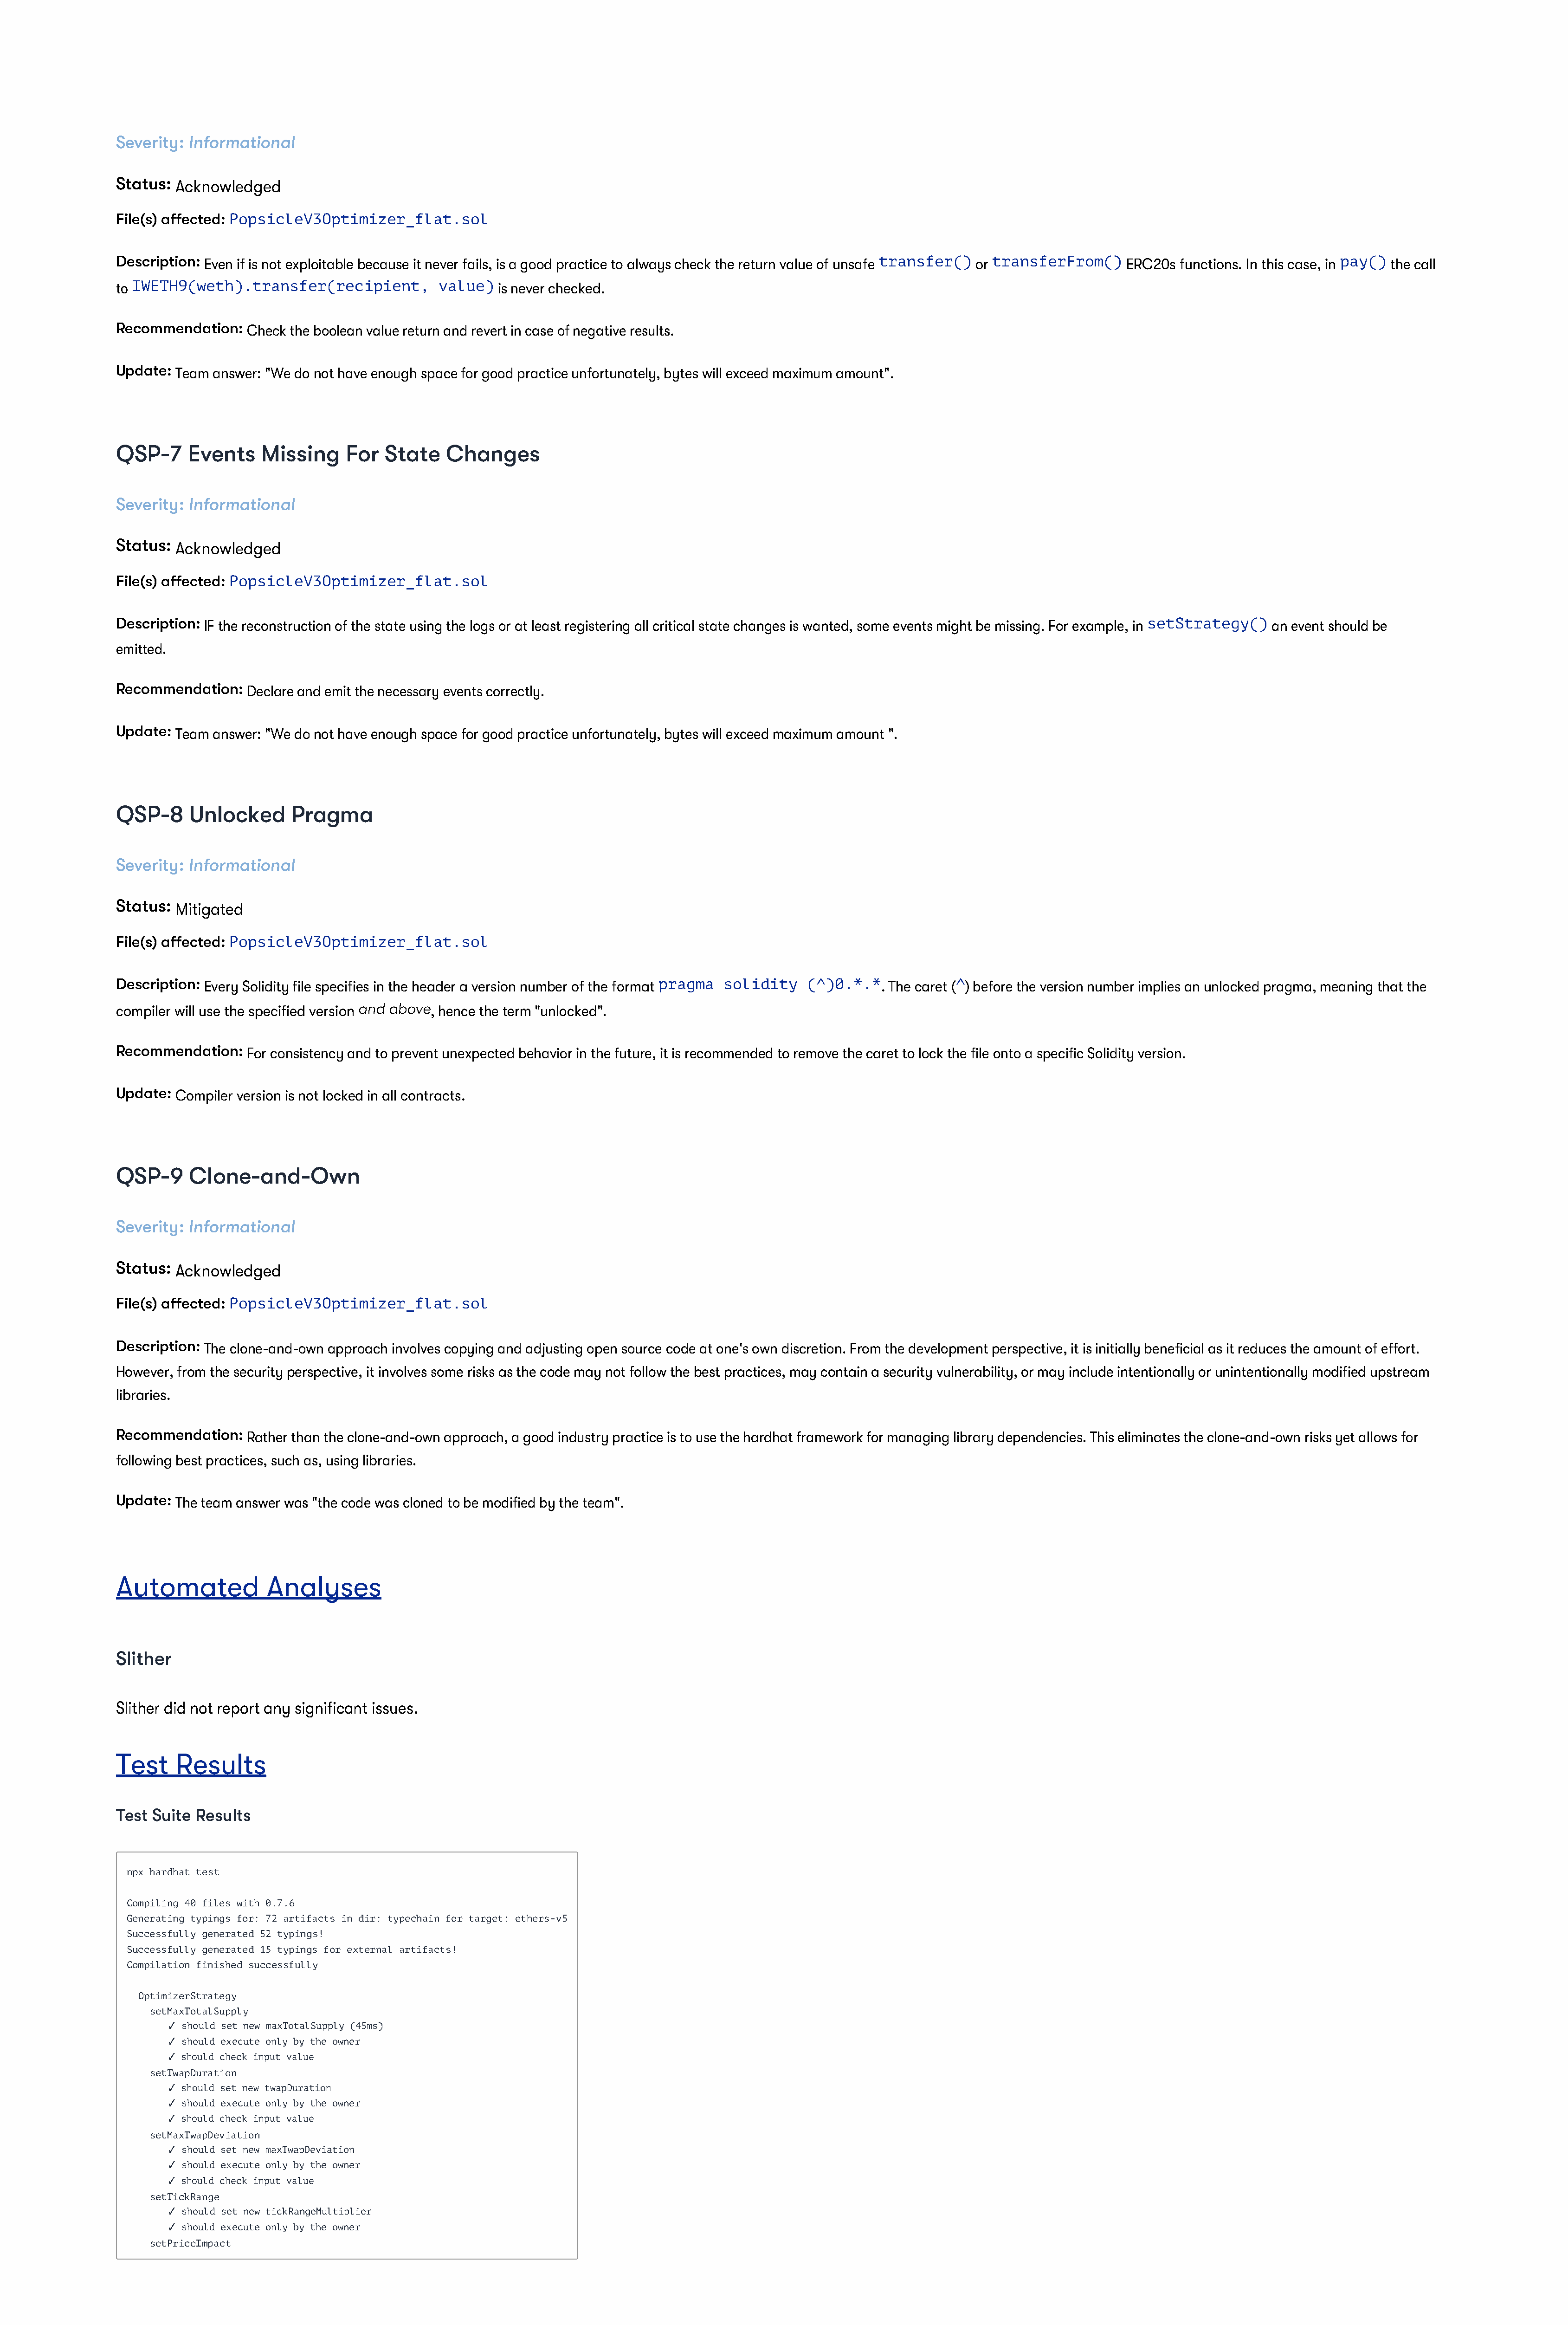
Severity: Informational
 Status: Acknowledged
 File(s) affected: PopsicleV3Optimizer_flat.sol
 Description: Even if is not exploitable because it never fails, is a good practice to always check the return value of unsafe transfer() or transferFrom() ERC20s functions. In this case, in pay() the call
 to IWETH9(weth).transfer(recipient,           value)  is never checked.
 Recommendation:   Check the boolean value return and revert in case of negative results.
 Update: Team answer: "We do not have enough space for good practice unfortunately, bytes will exceed maximum amount".
 QSP-7     Events    Missing     For   State    Changes
 Severity: Informational
 Status: Acknowledged
 File(s) affected: PopsicleV3Optimizer_flat.sol
 Description: IF the reconstruction of the state using the logs or at least registering all critical state changes is wanted, some events might be missing. For example, in setStrategy() an event should be
 emitted.
 Recommendation:   Declare and emit the necessary events correctly.
 Update: Team answer: "We do not have enough space for good practice unfortunately, bytes will exceed maximum amount ".
 QSP-8     Unlocked       Pragma
 Severity: Informational
 Status: Mitigated
 File(s) affected: PopsicleV3Optimizer_flat.sol
 Description: Every Solidity file specifies in the header a version number of the format pragma solidity (^)0.*.*. The caret (^) before the version number implies an unlocked pragma, meaning that the
 compiler will use the specified version and above, hence the term "unlocked".
 Recommendation:   For consistency and to prevent unexpected behavior in the future, it is recommended to remove the caret to lock the file onto a specific Solidity version.
 Update: Compiler version is not locked in all contracts.
 QSP-9     Clone-and-Own
 Severity: Informational
 Status: Acknowledged
 File(s) affected: PopsicleV3Optimizer_flat.sol
 Description: The clone-and-own approach involves copying and adjusting open source code at one's own discretion. From the development perspective, it is initially beneficial as it reduces the amount of effort.
 However, from the security perspective, it involves some risks as the code may not follow the best practices, may contain a security vulnerability, or may include intentionally or unintentionally modified upstream
 libraries.
 Recommendation:   Rather than the clone-and-own approach, a good industry practice is to use the hardhat framework for managing library dependencies. This eliminates the clone-and-own risks yet allows for
 following best practices, such as, using libraries.
 Update: The team answer was "the code was cloned to be modified by the team".
 Automated            Analyses
 Slither
 Slither did not report any significant issues.
 Test    Results
 Test Suite Results
 npx hardhat test
 Compiling 40 files with 0.7.6
 Generating typings for: 72 artifacts in dir: typechain for target: ethers-v5
 Successfully generated 52 typings!
 Successfully generated 15 typings for external artifacts!
 Compilation finished successfully
 OptimizerStrategy
 setMaxTotalSupply
 ✓  should set new maxTotalSupply (45ms)
 ✓  should execute only by the owner
 ✓  should check input value
 setTwapDuration
 ✓  should set new twapDuration
 ✓  should execute only by the owner
 ✓  should check input value
 setMaxTwapDeviation
 ✓  should set new maxTwapDeviation
 ✓  should execute only by the owner
 ✓  should check input value
 setTickRange
 ✓  should set new tickRangeMultiplier
 ✓  should execute only by the owner
 setPriceImpact